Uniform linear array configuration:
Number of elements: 12
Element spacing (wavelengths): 1
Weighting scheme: cosine
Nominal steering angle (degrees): -30
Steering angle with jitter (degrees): -29.621
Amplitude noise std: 0.05
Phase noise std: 0.05

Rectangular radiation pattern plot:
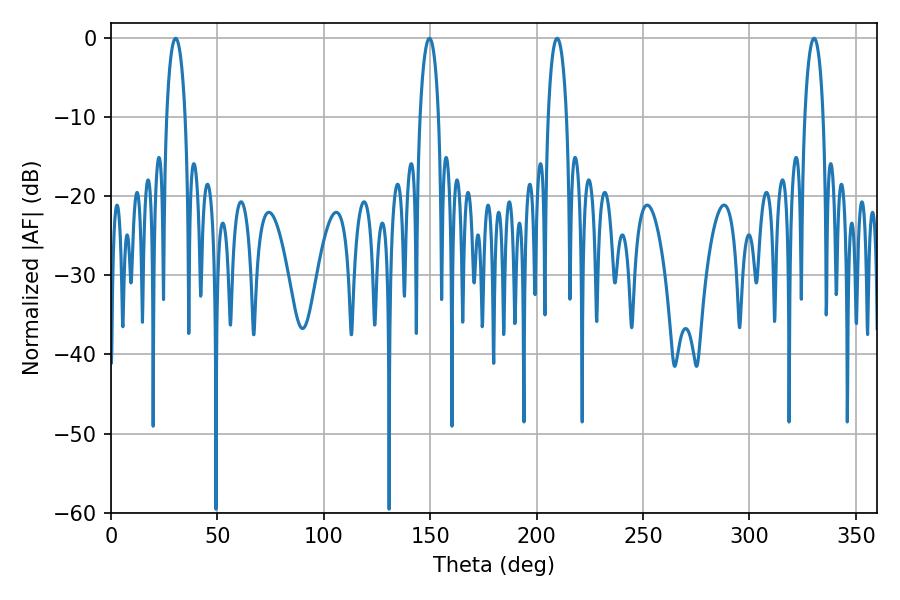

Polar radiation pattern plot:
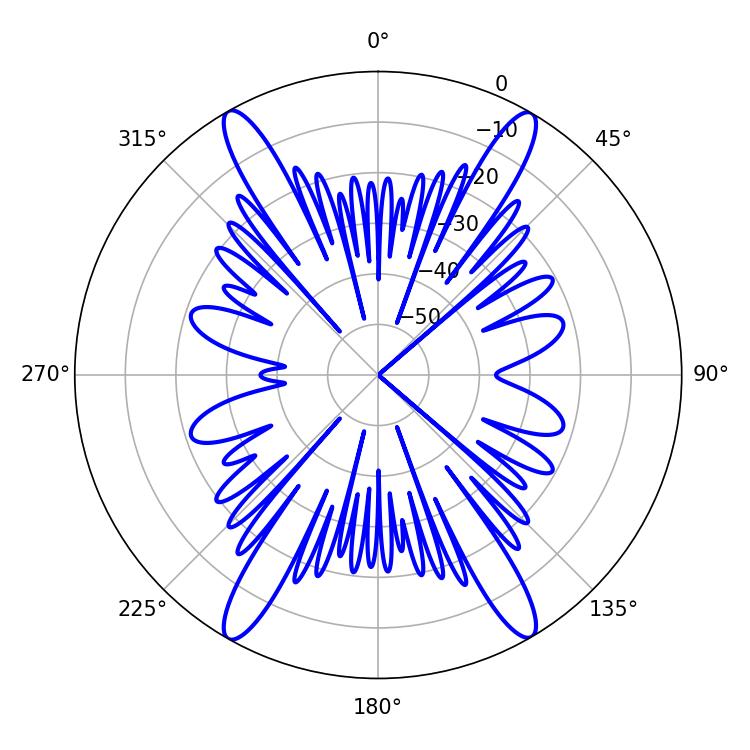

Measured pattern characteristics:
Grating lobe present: TRUE
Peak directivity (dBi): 28.904
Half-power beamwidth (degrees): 5.04
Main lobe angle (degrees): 30.42